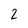
Character: 2